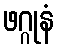
ဖဂ္ဂုနံ